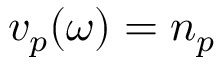
v _ { p } ( \omega ) = n _ { p }